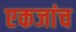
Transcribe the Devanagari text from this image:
एकजांच